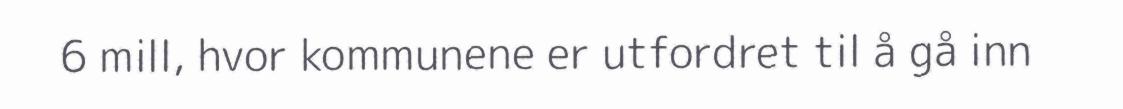
6 mill, hvor kommunene er utfordret til å gå inn